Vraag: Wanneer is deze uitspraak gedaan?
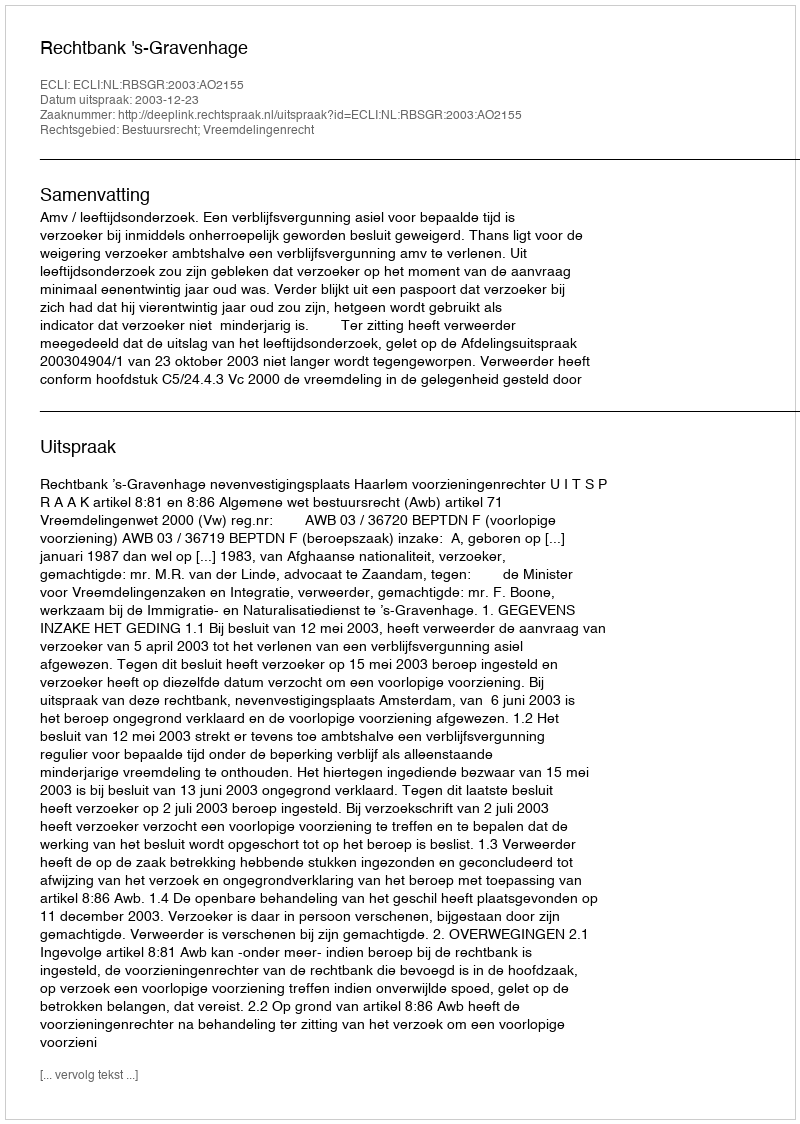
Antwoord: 2003-12-23